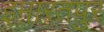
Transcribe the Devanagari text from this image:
इमारतपुर